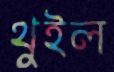
থুইল